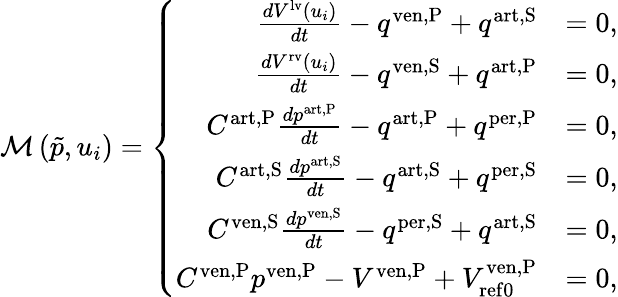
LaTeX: \mathcal{M}\left(\tilde{p},u_{i}\right)=\left\{ \begin{array}{rl}{\frac{dV^{\mathrm{lv}}\left(u_{i}\right)}{dt}-q^{\mathrm{ven,P}}+q^{\mathrm{art,S}}}&{=0,}\\ {\frac{dV^{\mathrm{rv}}\left(u_{i}\right)}{dt}-q^{\mathrm{ven,S}}+q^{\mathrm{art,P}}}&{=0,}\\ {C^{\mathrm{art,P}}\frac{dp^{\mathrm{art,P}}}{dt}-q^{\mathrm{art,P}}+q^{\mathrm{per,P}}}&{=0,}\\ {C^{\mathrm{art,S}}\frac{dp^{\mathrm{art,S}}}{dt}-q^{\mathrm{art,S}}+q^{\mathrm{per,S}}}&{=0,}\\ {C^{\mathrm{ven,S}}\frac{dp^{\mathrm{ven,S}}}{dt}-q^{\mathrm{per,S}}+q^{\mathrm{art,S}}}&{=0,}\\ {C^{\mathrm{ven,P}}p^{\mathrm{ven,P}}-V^{\mathrm{ven,P}}+V_{\mathrm{{ref0}}}^{\mathrm{ven,P}}}&{=0,}\end{array}\right.